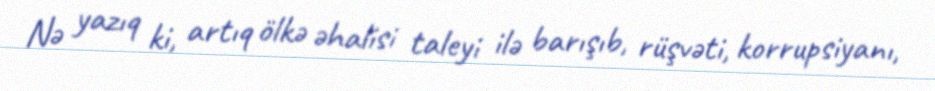
Nə yazıq ki, artıq ölkə əhalisi taleyi ilə barışıb, rüşvəti, korrupsiyanı,